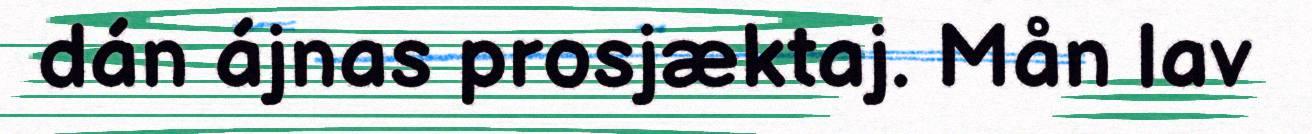
dán ájnas prosjæktaj. Mån lav